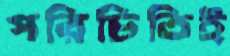
পরিচিতিই